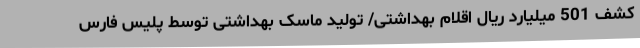
کشف 501 میلیارد ریال اقلام بهداشتی/ تولید ماسک بهداشتی توسط پلیس فارس